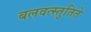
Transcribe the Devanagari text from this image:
बलवत्स्तुतिते